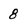
Character: 8